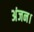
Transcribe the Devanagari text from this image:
अंजन।